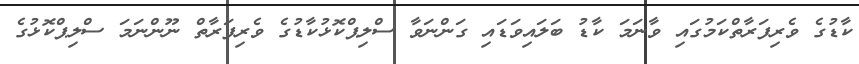
ކާޑުގެ ވެރިފަރާތްކަމުގައި ވާނަމަ ކާޑު ބަލައިވަޑައި ގަންނަވާ ސްލިޕްކޮޅުކާޑުގެ ވެރިފަރާތް ނޫންނަމަ ސްލިޕްކޮޅުގެ